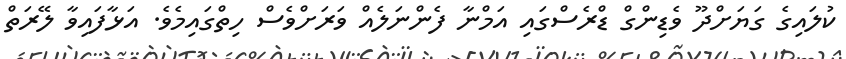
ކުލައިގެ ގަޔަށްދޫ ވެޑިންގް ޑްރެސްގައި އަމްނާ ފެންނަލެއް ވަރަށްވެސް ހިތްގައިމެވެ. އަޅާފައިވާ ލޭރަތް